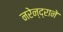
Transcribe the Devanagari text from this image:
नरेन्द्राने